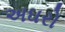
અઘરો